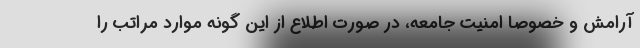
آرامش و خصوصا امنیت جامعه، در صورت اطلاع از این گونه موارد مراتب را